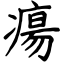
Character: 瘍